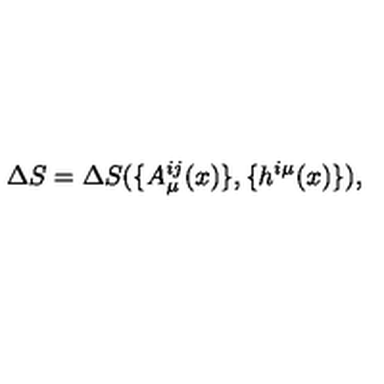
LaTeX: \Delta S = \Delta S ( \{ A _ { \mu } ^ { i j } ( x ) \} , \{ h ^ { i \mu } ( x ) \} ) ,